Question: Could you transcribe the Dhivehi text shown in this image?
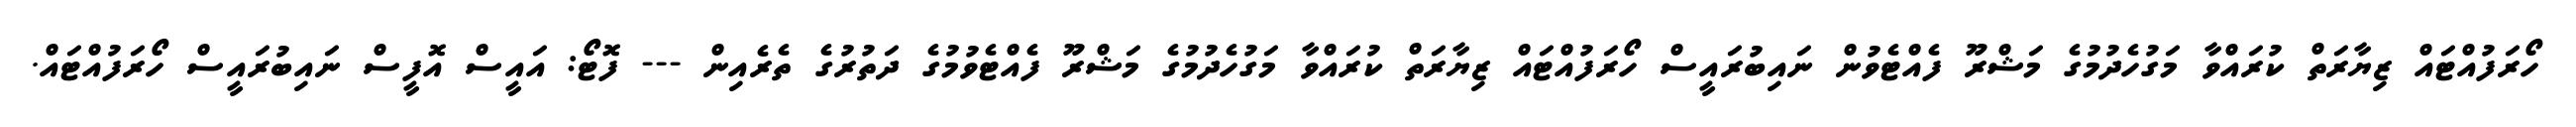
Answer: ހޯރަފުއްޓައް ޒިޔާރަތް ކުރައްވާ މަގުހެދުމުގެ މަޝްރޫ ފެއްޓެވުން ނައިބުރައީސް ހޯރަފުއްޓައް ޒިޔާރަތް ކުރައްވާ މަގުހެދުމުގެ މަޝްރޫ ފެއްޓެވުމުގެ ދަތުރުގެ ތެރެއިން --- ފޮޓޯ: އައީސް އޮފީސް ނައިބުރައީސް ހޯރަފުއްޓައް.